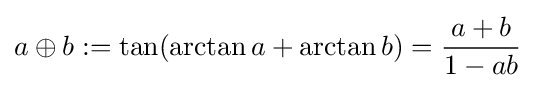
a\oplus b\mathrel {:=} \tan(\arctan a+\arctan b)={\frac {a+b}{1-ab}}